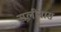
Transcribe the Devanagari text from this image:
सलीनास